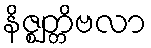
နိဇ္ဈတ္တိဗလာ